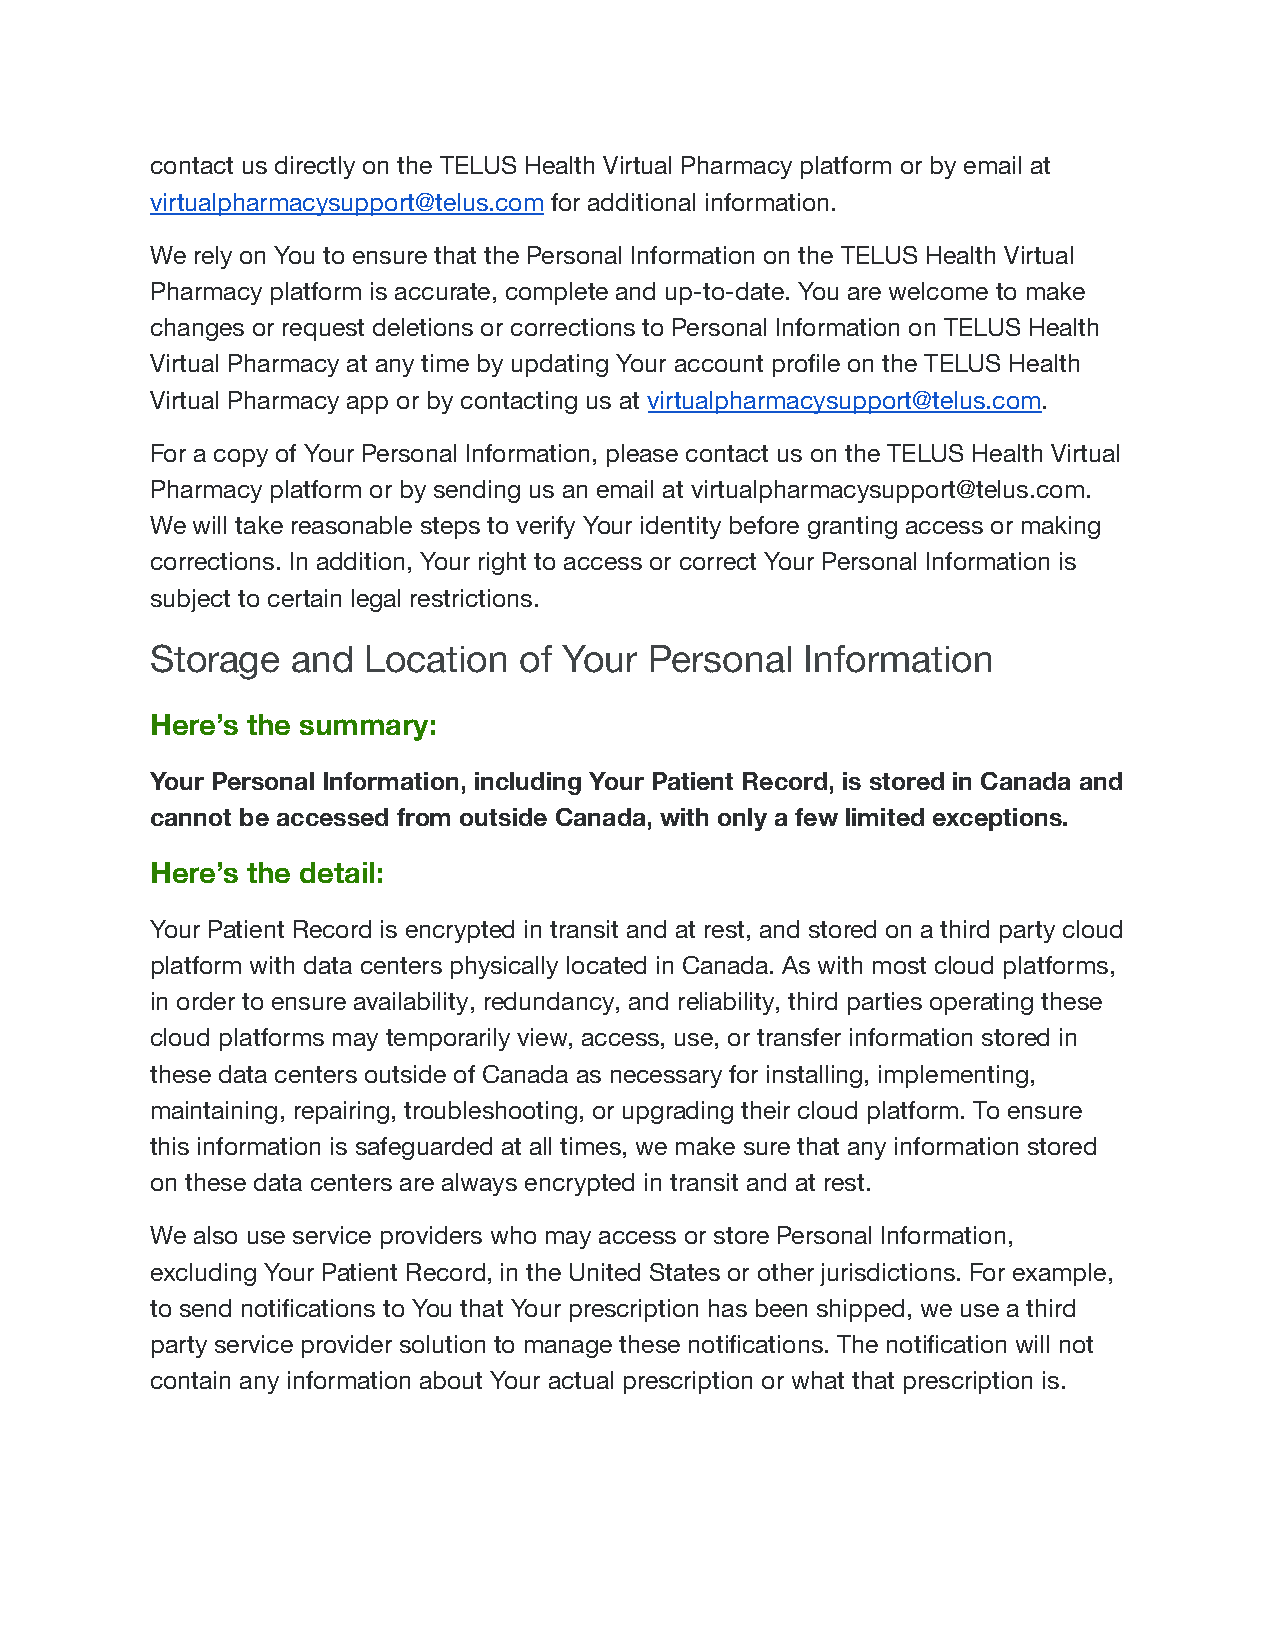
contact us directly on the TELUS Health Virtual Pharmacy platform or by email at
 virtualpharmacysupport@telus.com for additional information.
 We rely on You to ensure that the Personal Information on the TELUS Health Virtual
 Pharmacy platform is accurate, complete and up-to-date. You are welcome to make
 changes or request deletions or corrections to Personal Information on TELUS Health
 Virtual Pharmacy at any time by updating Your account profile on the TELUS Health
 Virtual Pharmacy app or by contacting us at virtualpharmacysupport@telus.com.
 For a copy of Your Personal Information, please contact us on the TELUS Health Virtual
 Pharmacy platform or by sending us an email at virtualpharmacysupport@telus.com.
 We will take reasonable steps to verify Your identity before granting access or making
 corrections. In addition, Your right to access or correct Your Personal Information is
 subject to certain legal restrictions.
 Storage  and  Location  of Your  Personal  Information
 Here’s the summary:
 Your Personal Information, including Your Patient Record, is stored in Canada and
 cannot be accessed from outside Canada, with only a few limited exceptions.
 Here’s the detail:
 Your Patient Record is encrypted in transit and at rest, and stored on a third party cloud
 platform with data centers physically located in Canada. As with most cloud platforms,
 in order to ensure availability, redundancy, and reliability, third parties operating these
 cloud platforms may temporarily view, access, use, or transfer information stored in
 these data centers outside of Canada as necessary for installing, implementing,
 maintaining, repairing, troubleshooting, or upgrading their cloud platform. To ensure
 this information is safeguarded at all times, we make sure that any information stored
 on these data centers are always encrypted in transit and at rest.
 We also use service providers who may access or store Personal Information,
 excluding Your Patient Record, in the United States or other jurisdictions. For example,
 to send notifications to You that Your prescription has been shipped, we use a third
 party service provider solution to manage these notifications. The notification will not
 contain any information about Your actual prescription or what that prescription is.